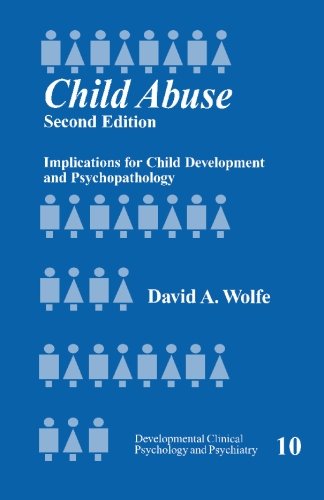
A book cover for Child Abuse: Implications for Child Development and Psychopathology (Developmental Clinical Psychology and Psychiatry); David A. Wolfe; Politics & Social Sciences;